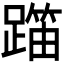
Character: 𬧍